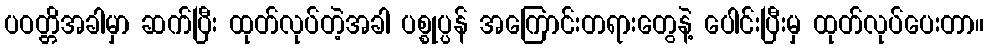
ပဝတ္တိအခါမှာ ဆက်ပြီး ထုတ်လုပ်တဲ့အခါ ပစ္စုပ္ပန် အကြောင်းတရားတွေနဲ့ ပေါင်းပြီးမှ ထုတ်လုပ်ပေးတာ။